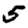
Digit: 5